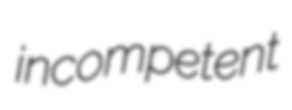
incompetent